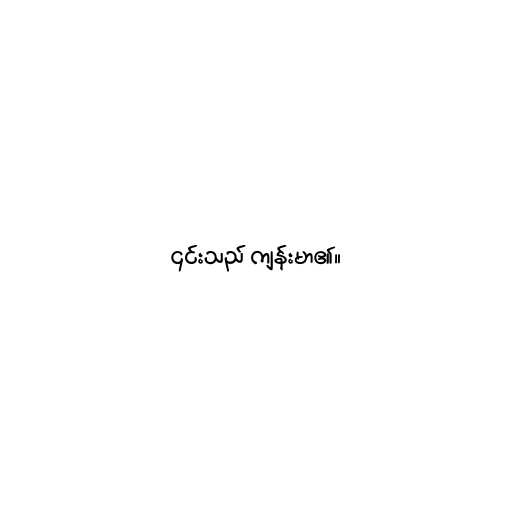
၎င်းသည် ကျန်းမာ၏။